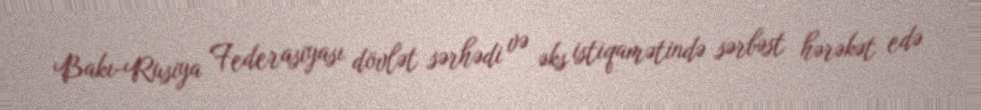
Bakı-Rusiya Federasiyası dövlət sərhədi və əks istiqamətində sərbəst hərəkət edə